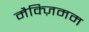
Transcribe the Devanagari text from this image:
मैक्ज़िमम